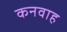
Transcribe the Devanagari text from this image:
कनवाह